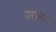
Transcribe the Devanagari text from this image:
यरकिज़